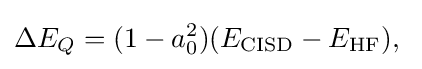
\Delta E_{Q}=(1-a_{0}^{2})(E_{\rm {CISD}}-E_{\rm {HF}}),\